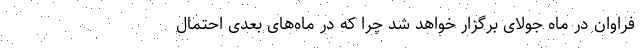
فراوان در ماه جولای برگزار خواهد شد چرا که در ماه‌های بعدی احتمال